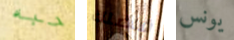
حبه فضلك يونس